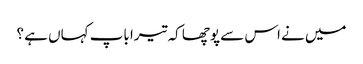
میں نے اس سے پوچھا کہ تیرا باپ کہاں ہے ؟